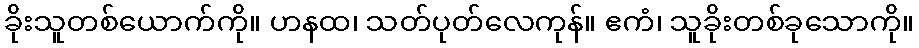
ခိုးသူတစ်ယောက်ကို။ ဟနထ၊ သတ်ပုတ်လေကုန်။ ဧကံ၊ သူခိုးတစ်ခုသောကို။